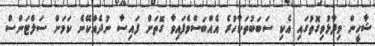
ޝާހީން ވިދާޅުވިގޮތުގައި އެކި ސަބަބުތަކާހުރެ އެއްބަސްވެފައިވާ ގޮތަށް ފައިސާ ނުދެއްކޭނެ ކަމަށް ސަލްޓަންސް